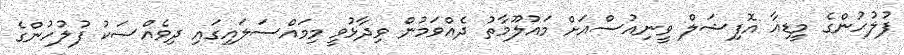
ފުލުހުންގެ މީޑިއާ އޮފިޝަލް ވީނިއުސްއަށް މައުލޫމާތު ދެއްވަމުން ވިދާޅުވީ މިމައްސަލައިގައި ދިވެއްސަކު ފުލުހުންގެ